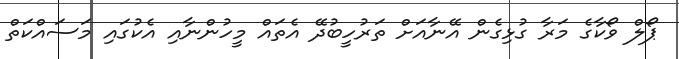
ޕޯލް ވޯކާގެ މަރާ ގުޅިގެން އޭނާއަށް ތަރުހީބުދޭ އެތައް މީހުންނާއި އެކުގައި މަސައްކަތް